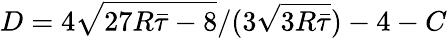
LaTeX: D=4\sqrt{27R\bar{\tau}-8}/(3\sqrt{3R\bar{\tau}})-4-C